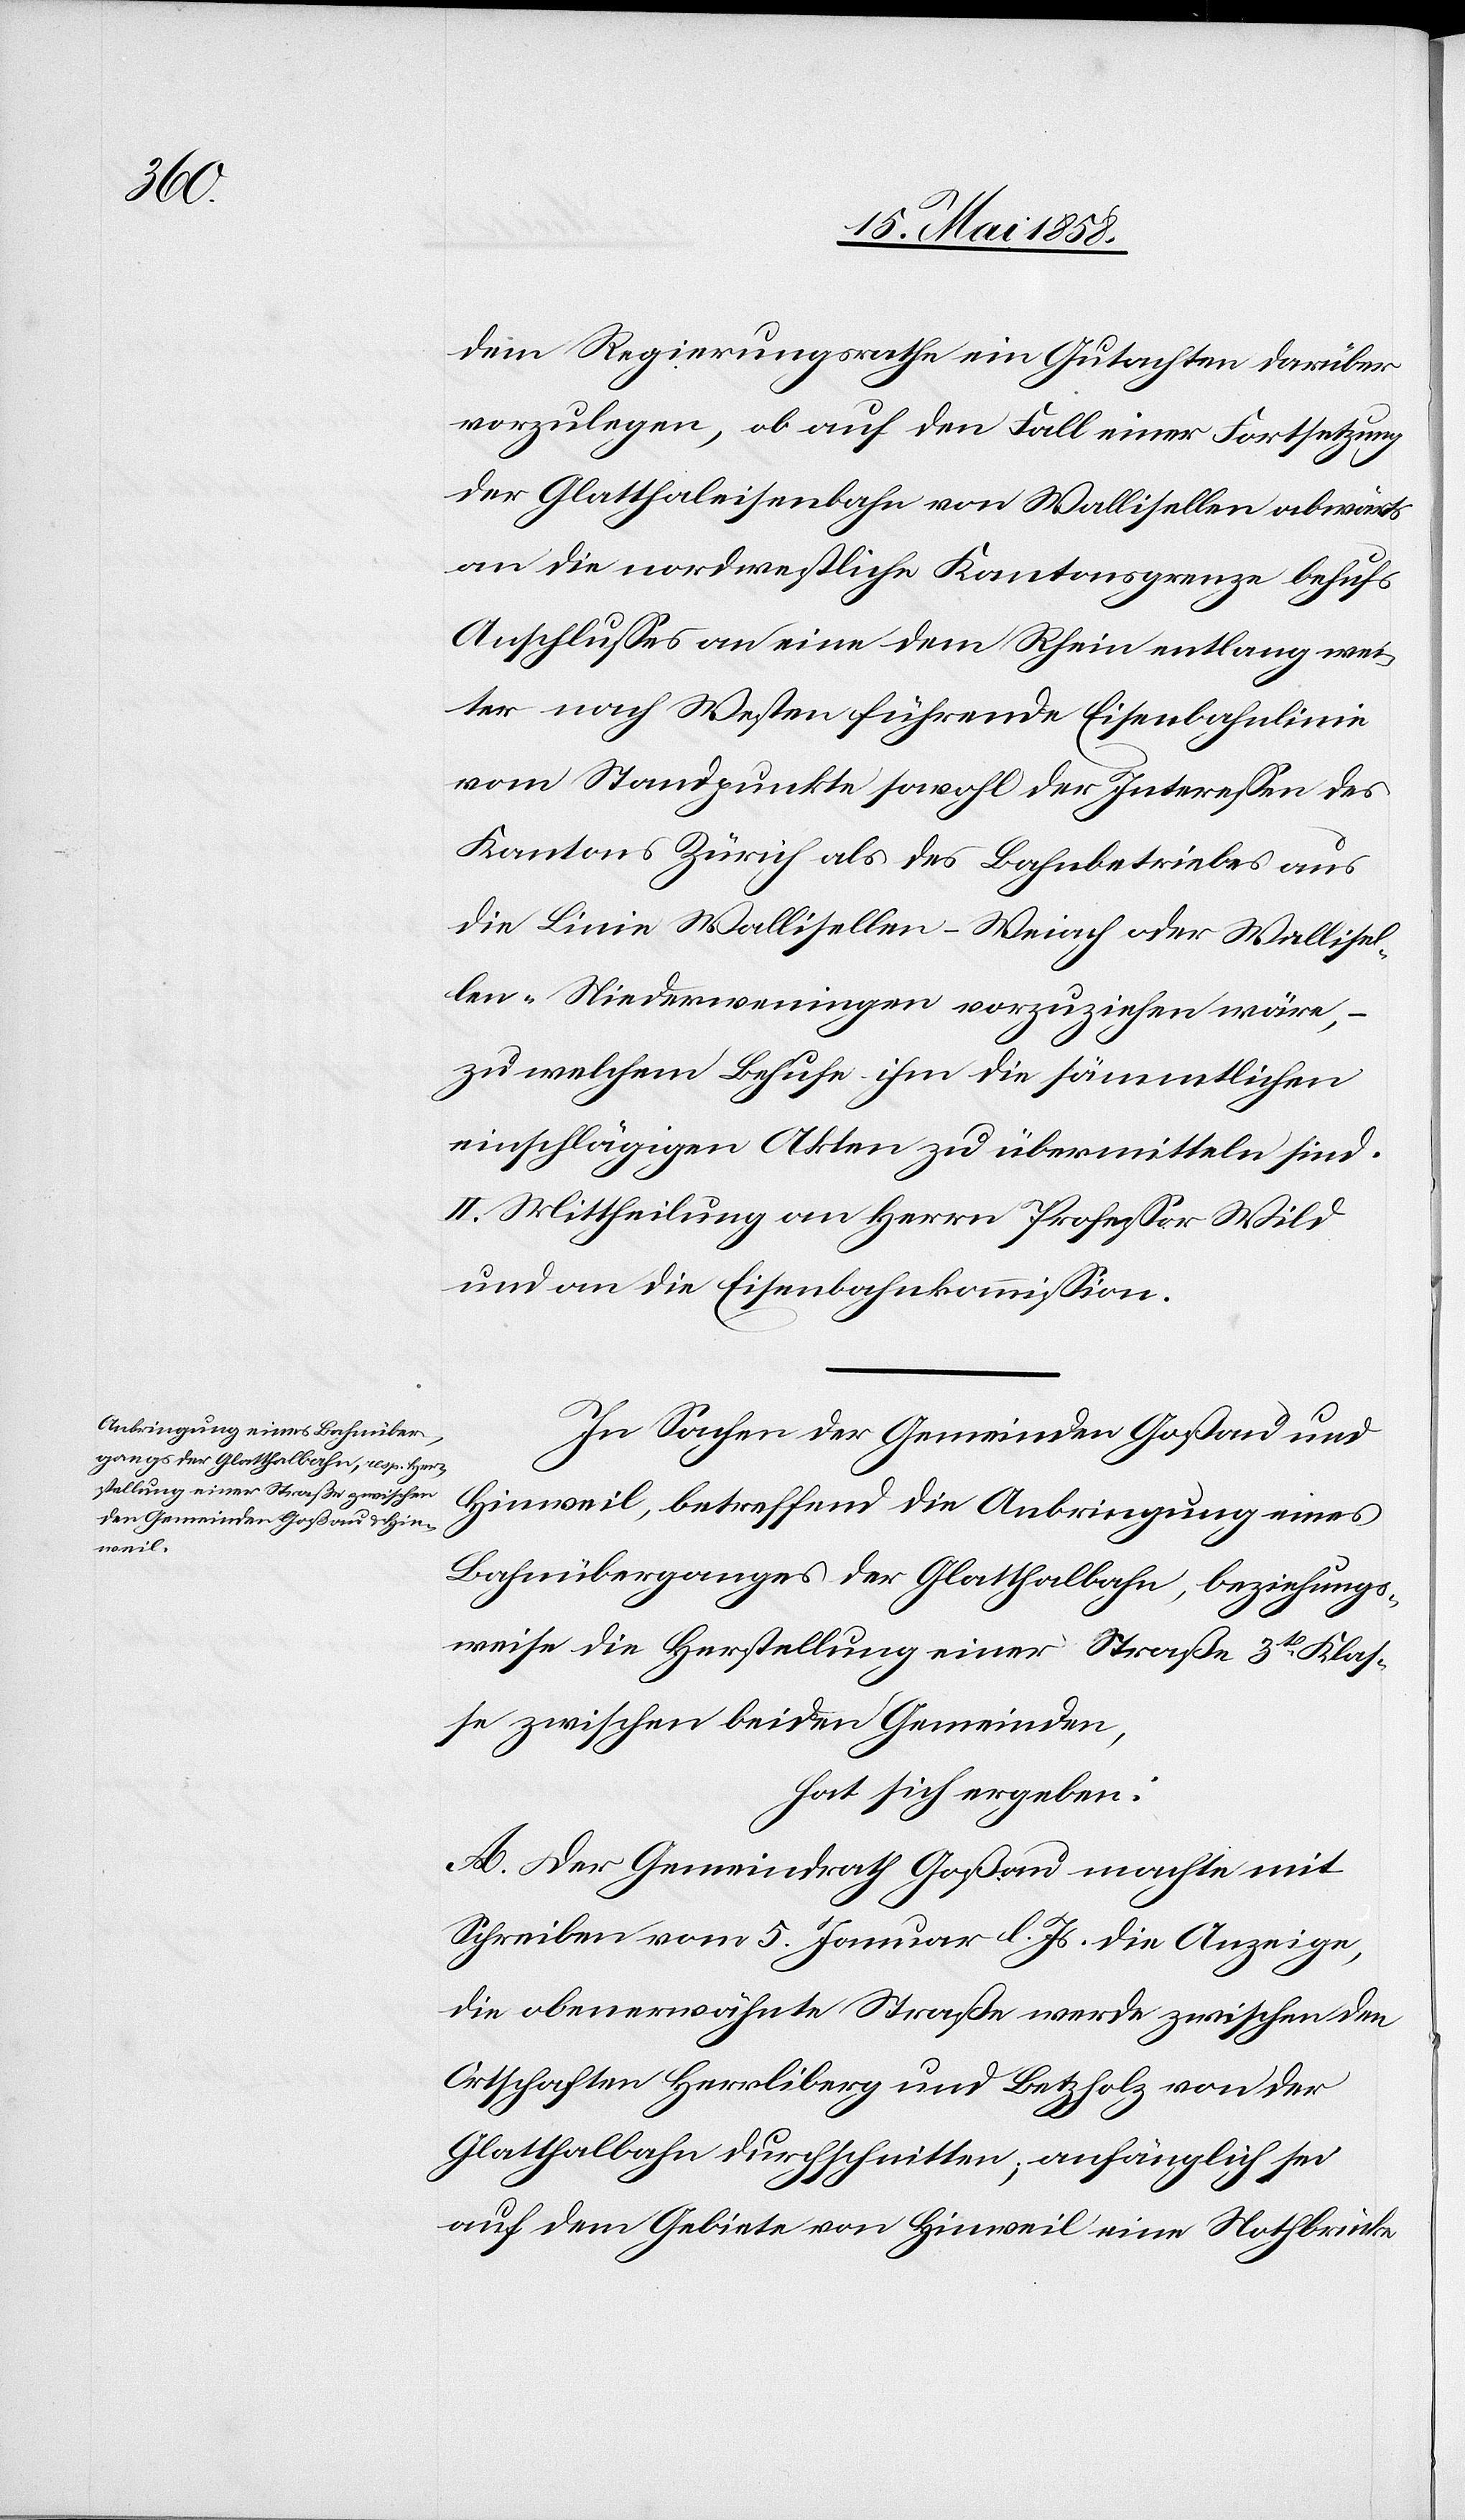
dem Regierungsrathe ein Gutachten darüber
vorzulegen, ob auf den Fall einer Fortsetzung
der Glatthaleisenbahn von Wallisellen abwärts
an die nordwestliche Kantonsgrenze behufs
Anschlusses an eine dem Rhein entlang wei¬
ter nach Westen führende Eisenbahnlinie
vom Standpunkte sowohl der Interessen des
Kantons Zürich als des Bahnbetriebes aus
die Linie Wallisellen–Weiach oder Wallisel¬
len–Niederweningen vorzuziehen wäre, –
zu welchem Behufe ihm die sämmtlichen
einschlägigen Akten zu übermitteln sind.
II. Mittheilung an Herrn Professor Wild
und an die Eisenbahnkommission.
In Sachen der Gemeinden Goßau und
Hinweil, betreffend die Anbringung eines
Bahnüberganges der Glatthalbahn, beziehungs¬
weise die Herstellung einer Straße 3tr Klas¬
se zwischen beiden Gemeinden,
hat sich ergeben:
A. Der Gemeindrath Goßau machte mit
Schreiben vom 5. Januar l. Js. die Anzeige,
die obenerwähnte Straße werde zwischen den
Ortschaften Herrliberg und Betzholz von der
Glatthalbahn durchschnitten; anfänglich sei
auf dem Gebiete von Hinweil eine Nothbrücke